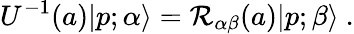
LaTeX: U^{-1}(a)|p;\alpha\rangle={\cal{R}}_{\alpha\beta}(a)|p;\beta\rangle~.